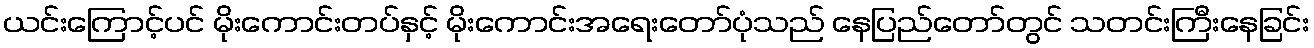
ယင်းကြောင့်ပင် မိုးကောင်းတပ်နှင့် မိုးကောင်းအရေးတော်ပုံသည် နေပြည်တော်တွင် သတင်းကြီးနေခြင်း